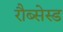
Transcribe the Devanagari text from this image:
रौब्सेस्ड